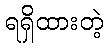
ရရှိထားတဲ့